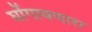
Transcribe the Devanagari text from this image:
घोंगावणारा